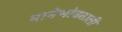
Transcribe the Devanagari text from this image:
मानेभोवताली